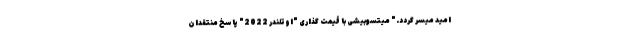
امید میسر گردد." میتسوبیشی با قیمت گذاری "اوتلندر 2022" پاسخ منتقدان